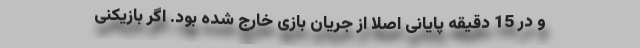
و در 15 دقیقه پایانی اصلا از جریان بازی خارج شده بود. اگر بازیکنی